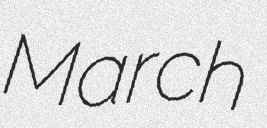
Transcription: March